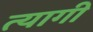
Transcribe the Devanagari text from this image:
त्‍यागी